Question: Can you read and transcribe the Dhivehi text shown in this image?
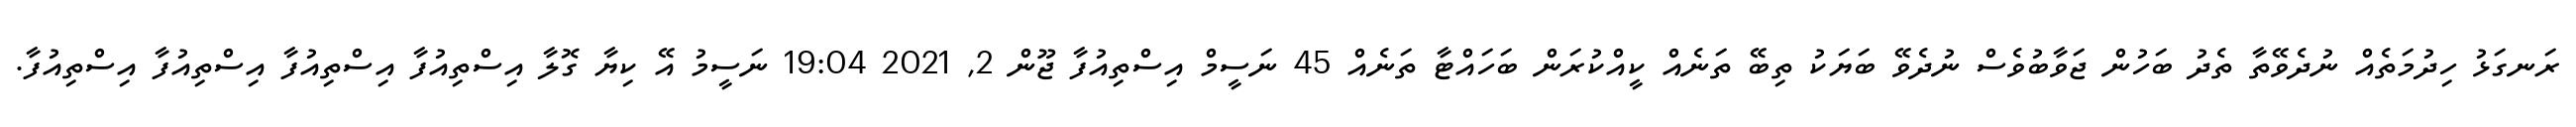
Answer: ރަނގަޅު ހިދުމަތެއް ނުދެވޭތާ ތެދު ބަހުން ޖަވާބުވެސް ނުދެވޭ ބަޔަކު ތިބޭ ތަނެއް ކީއްކުރަން ބަހައްޓާ ތަނެއް 45 ނަސީމް އިސްތިއުފާ ޖޫން 2, 2021 19:04 ނަސީމު އޭ ކިޔާ ގޮލާ އިސްތިއުފާ އިސްތިއުފާ އިސްތިއުފާ އިސްތިއުފާ.